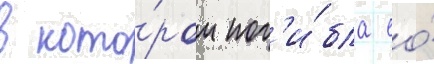
в кото́ром пог'и́бла ео́